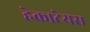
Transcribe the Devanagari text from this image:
हेकाटेयस